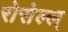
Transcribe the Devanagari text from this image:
रोसेल्ल्